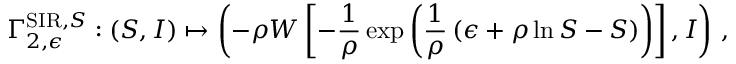
\Gamma _ { 2 , \epsilon } ^ { \mathrm { S I R } , S } : ( S , I ) \mapsto \left( - \rho W \left[ - \frac { 1 } { \rho } \exp \left( \frac { 1 } { \rho } \left( \epsilon + \rho \ln S - S \right) \right) \right] , I \right) \, ,